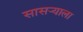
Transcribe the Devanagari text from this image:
सासर्‍याला